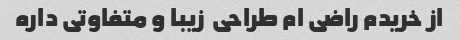
از خریدم راضی ام طراحی  زیبا و متفاوتی داره